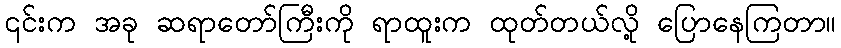
၎င်းက အခု ဆရာတော်ကြီးကို ရာထူးက ထုတ်တယ်လို့ ပြောနေကြတာ။